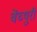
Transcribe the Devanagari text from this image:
वेंच्युरी